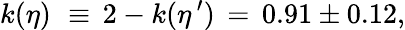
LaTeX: k(\eta)\, \, \equiv\, 2-k(\eta^{\, \prime})\, =\, 0.91\pm 0.12,